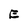
Character: E